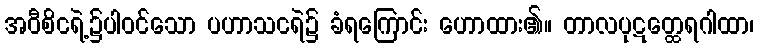
အဝီစိငရဲ့၌ပါဝင်သော ပဟာသငရဲ၌ ခံရကြောင်း ဟောထား၏။ တာလပုဋတ္ထေရဂါထာ၊